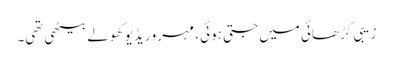
زیبی کڑھائی میں جتی ہوئی ، مہرو ریڈیو کھولے بیٹھی تھی۔